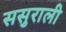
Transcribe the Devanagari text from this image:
ससुराली